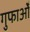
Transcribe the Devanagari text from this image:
गुफाओँ